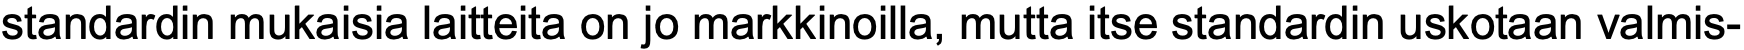
standardin mukaisia laitteita on jo markkinoilla, mutta itse standardin uskotaan valmis-